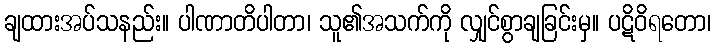
ချထားအပ်သနည်း။ ပါဏာတိပါတာ၊ သူ၏အသက်ကို လျှင်စွာချခြင်းမှ။ ပဋိဝိရတော၊